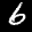
Label: 6